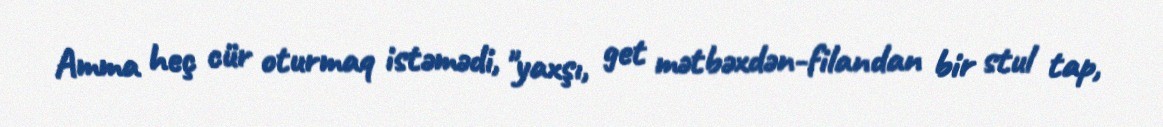
Amma heç cür oturmaq istəmədi, "yaxşı, get mətbəxdən-filandan bir stul tap,